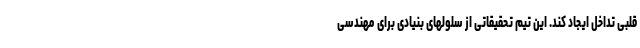
قلبی تداخل ایجاد کند. این تیم تحقیقاتی از سلولهای بنیادی برای مهندسی